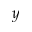
y